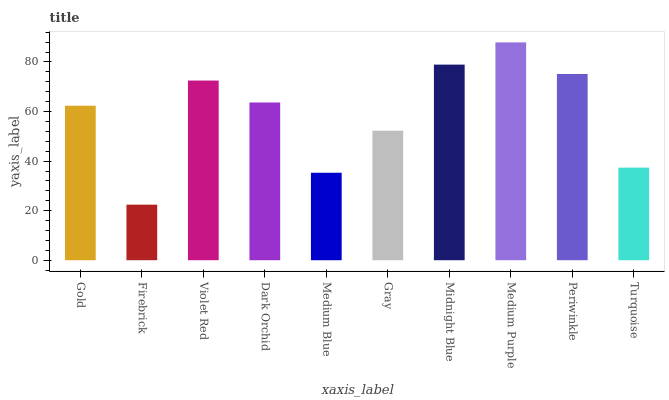
| xaxis_label | bars |
 | --- | --- |
 | Gold | 62.3 |
 | Firebrick | 22.4 |
 | Violet Red | 72.5 |
 | Dark Orchid | 63.7 |
 | Medium Blue | 35.3 |
 | Gray | 52.2 |
 | Midnight Blue | 78.9 |
 | Medium Purple | 87.9 |
 | Periwinkle | 75.2 |
 | Turquoise | 37.4 |